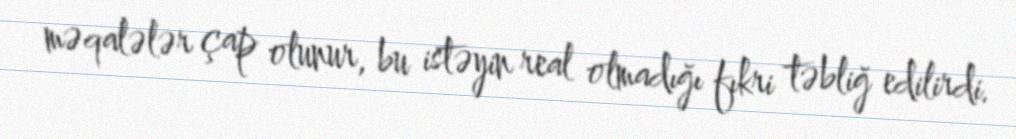
məqalələr çap olunur, bu istəyin real olmadığı fıkri təbliğ edilirdi.